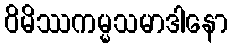
ဝိမိဿကမ္မသမာဒါနော